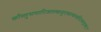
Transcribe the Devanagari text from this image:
कौस्तुभपारिजातकसुराधन्वन्तरिश्चन्द्रमाः।